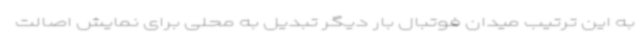
به این ترتیب میدان فوتبال بار دیگر تبدیل به محلی برای نمایش اصالت